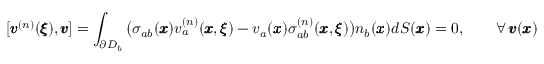
[ { \pmb v } ^ { ( n ) } ( { \pmb \xi } ) , { \pmb v } ] = \int _ { \partial D _ { b } } \big ( \sigma _ { a b } ( { \pmb x } ) v _ { a } ^ { ( n ) } ( { \pmb x } , { \pmb \xi } ) - v _ { a } ( { \pmb x } ) \sigma _ { a b } ^ { ( n ) } ( { \pmb x } , { \pmb \xi } ) \big ) n _ { b } ( { \pmb x } ) d S ( { \pmb x } ) = 0 , \qquad { { \forall } \, { \pmb v } ( { \pmb x } ) }